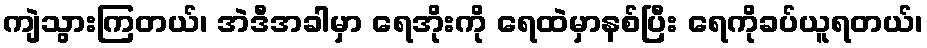
ကျဲသွားကြတယ်၊ အဲဒီအခါမှာ ရေအိုးကို ရေထဲမှာနစ်ပြီး ရေကိုခပ်ယူရတယ်၊